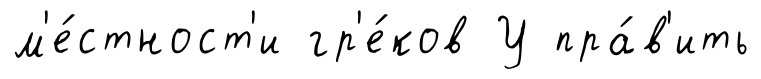
м'е́стност'и гр'е́ков У пра́в'ить